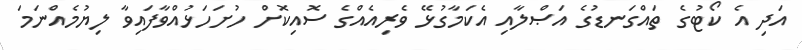
އަދި އެ ކޯޓުގެ ތައްގަނޑުގެ އަޞްލާއި އެކަމާގުޅޭ ވެރިއެއްގެ ސޮއިކޮށް ހުށަހަޅުއްވާފައިވާ ލިޔުމެއްނަމަ